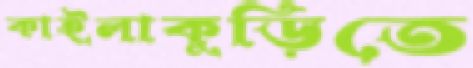
কাইলাকুড়িতে